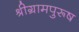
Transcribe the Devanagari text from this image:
श्रीग्रामपुरूष